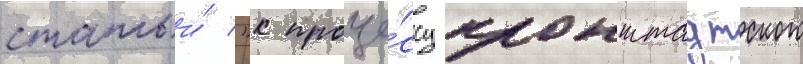
статьи́ "к проце́ссу кронштадтского